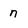
Character: n